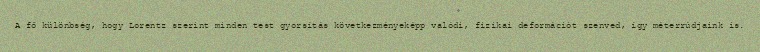
A fő különbség, hogy Lorentz szerint minden test gyorsítás következményeképp valódi, fizikai deformációt szenved, így méterrúdjaink is.